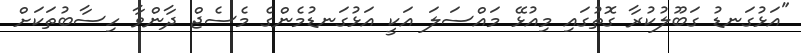
"އަޅުގަނޑު ގަބޫލުކުރާ ގޮތުގައި މިއުޅޭ މައްސަލަ އަކީ އަޅުގަނޑުމެންގެ މެސެޖް ދާންވާ ހިސާބުތަކަށް